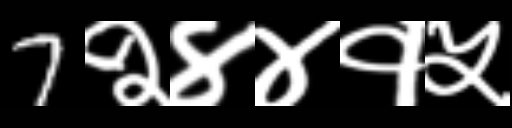
Text: 7२४४१५